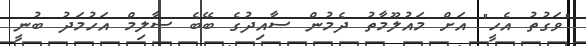
"ވަގުތު އެހީ" އަށް މައުލޫމާތު ދެމުން ސާއިދުގެ ބޭބެ ސާލިމް އަހުމަދު ބުނީ